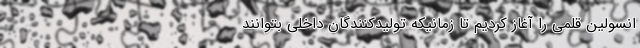
انسولین قلمی را آغاز کردیم تا زمانیکه تولیدکنندگان داخلی بتوانند